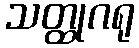
သတ္ထုဂရု